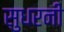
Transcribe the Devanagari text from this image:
सुधरनी